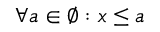
\forall a \in \varnothing : x \leq a